Annual returns of the Patna Lunatic Asylum at Bankipore in Bihar and Orissa - 1912-1924
Year: 1912
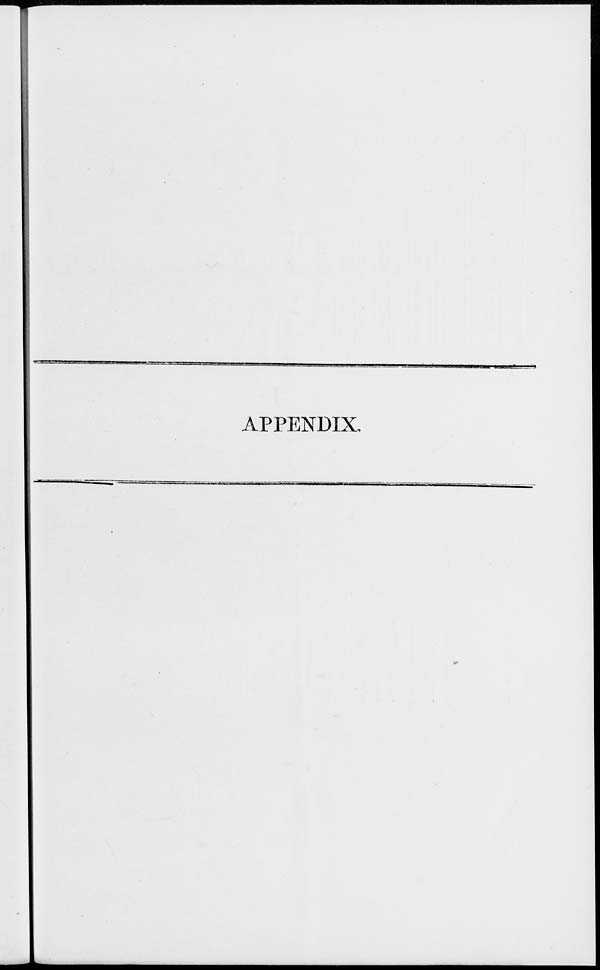
APPENDIX.